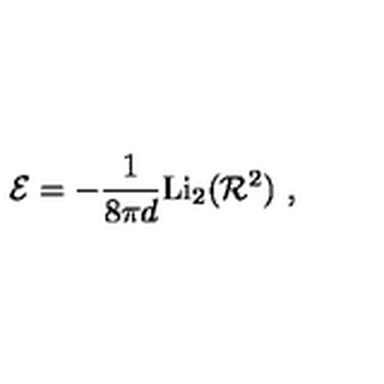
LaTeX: { \cal E } = - \frac { 1 } { 8 \pi d } \mathrm { L i } _ { 2 } ( { \cal R } ^ { 2 } ) \ ,